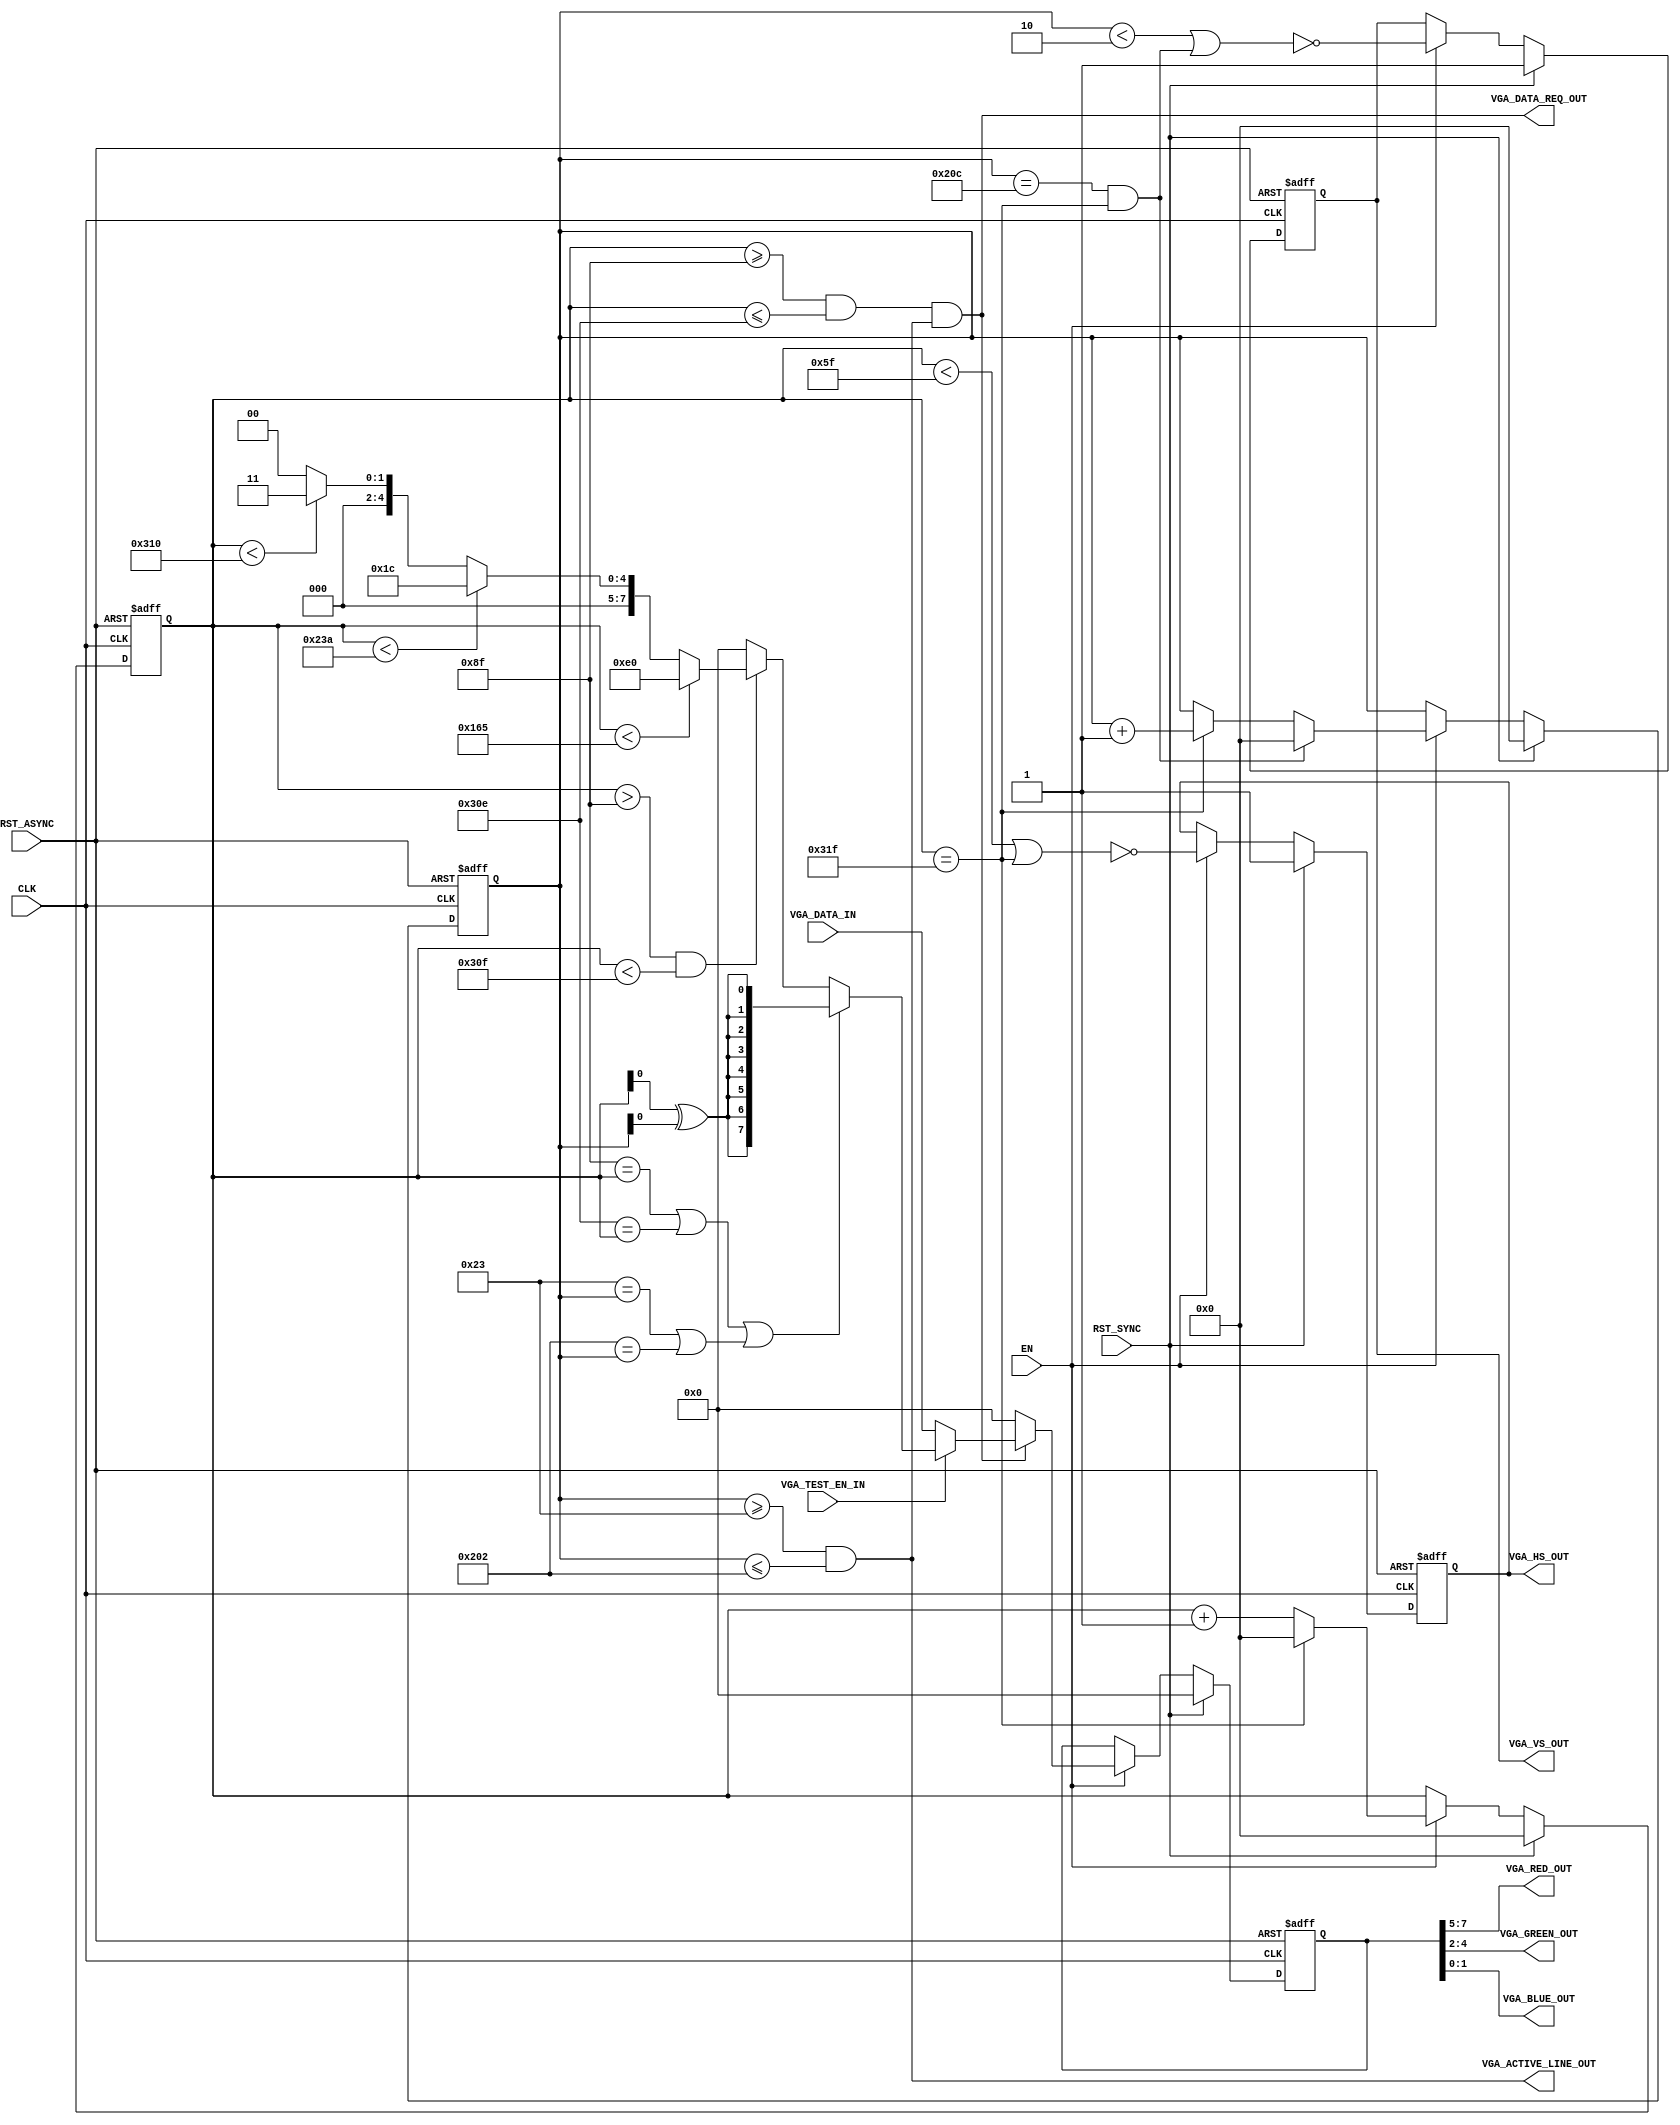
// VGA timings are fixed, and defined in the parameters below.
// The FB size can change from 320x200 to 640x480, the CFG_FB_*_IN specify this.
// This block reads from the FIFO in vga_cdc, sending out to panel.
module VGA_DRIVER
  // Horizontal timings (in Pixel Clocks)
  #(
   parameter H_SYNC    =  96 , // HSYNC duration
   parameter H_BP      =  48 , // Back porch 
   parameter H_ACTIVE  = 640 , // Visible pixels in a line
   parameter H_FP      =  16 , // Front Porch 
  
   // Vertical timings (in Lines)
   parameter V_SYNC    =   2 , // VSYNC duration
   parameter V_BP      =  33 , // Back porch 
   parameter V_ACTIVE  = 480 , // Visible lines in a frame
   parameter V_FP      =  10 , // Front Porch

   // RGB Data Packing
   parameter R_HI = 7, 
   parameter R_LO = 5,
   parameter G_HI = 4,
   parameter G_LO = 2,
   parameter B_HI = 1,
   parameter B_LO = 0

   )
  (
  // Clocks and resets
   input         CLK           , // VGA Pixel clock
   input         EN            , // VGA Pixel clock
   input         RST_SYNC      , // Reset de-asserted with PCLK
   input         RST_ASYNC     , // Reset de-asserted with PCLK

   input         VGA_TEST_EN_IN, // VGA Test pattern enable
   
   // CDC FIFO interface
   input   [7:0] VGA_DATA_IN           , // Incoming VGA Data
   output        VGA_DATA_REQ_OUT      , // Data request from FIFO
   output        VGA_ACTIVE_LINE_OUT   , // Signal to the DMA to begin reading as it's an active line
   
   // VGA Panel interface
   output        VGA_VS_OUT     , // VSYNC
   output        VGA_HS_OUT     , // HSYNC

   output  [R_HI-R_LO:0] VGA_RED_OUT    , 
   output  [G_HI-G_LO:0] VGA_GREEN_OUT  , 
   output  [B_HI-B_LO:0] VGA_BLUE_OUT  
   
   );

// Includes

   // Derived parameters
   parameter 	 H_LEN = H_SYNC + H_BP + H_ACTIVE + H_FP; // 800
   parameter 	 V_LEN = V_SYNC + V_BP + V_ACTIVE + V_FP; // 525

   // As the RGB is registered before being sent out to the panel, you need to get the first pixel and the enable
   // ready the pixel before the first one in the active area..
//   parameter 	 H_ACTIVE_START  = H_SYNC + H_BP - 1; 
//   parameter 	 H_ACTIVE_END    = H_SYNC + H_BP + H_ACTIVE - 1;
//   parameter 	 V_ACTIVE_START  = V_SYNC + V_BP;
//   parameter 	 V_ACTIVE_END    = V_SYNC + V_BP + V_ACTIVE - 1;
   
   // 10 bit counters for line and pixels (0 to 1023)
   reg [9:0] 	 VgaPcntVal;
   reg [9:0] 	 VgaLcntVal;

//   wire [9:0] 	 VgaPcntActiveVal = VgaPcntVal - H_ACTIVE_START; // 
//   wire [9:0] 	 VgaLcntActiveVal = VgaLcntVal - V_ACTIVE_START; // 

   // Combinatorial end-of-line signals (reset counters)
   wire 	 VgaEndOfLine   = (VgaPcntVal == H_LEN - 1);
   wire 	 VgaEndOfFrame  = (VgaLcntVal == V_LEN - 1) & VgaEndOfLine;

   // VSYNC and HSYNC are active low. They are both registered, so need to set them low on
   // the cycle before the start of the next frame / line
   wire 	 VgaHsync = ~((VgaPcntVal < H_SYNC - 1) | VgaEndOfLine); 
   wire 	 VgaVsync = ~((VgaLcntVal < V_SYNC) | VgaEndOfFrame);

   // This signal is used to enable the RGB signals out to the panel. It needs to go high a cycle before the active
   // horizontal area of the panel, and go low a cycle before the end also.
   wire VgaActive = ( ((VgaPcntVal >= H_SYNC + H_BP - 1) && (VgaPcntVal <= H_SYNC + H_BP + H_ACTIVE - 2))
		   && ((VgaLcntVal >= V_SYNC + V_BP    ) && (VgaLcntVal <= V_SYNC + V_BP + V_ACTIVE - 1))
		    );

//   reg 	VgaActiveReg;

   reg 		 VgaHsyncReg;
   reg 		 VgaVsyncReg;
   
   reg [7:0] 	 VgaDataReg;
   
   wire 	 VgaDataReq = (VgaActive); //  | VgaActiveReg);

   reg 		 VgaTestEnReg; // Registered version of VGA_TEST_EN_IN using VgaEndOfFrame
   reg [7:0] 	 VgaTestData;  // LUT from pixel and line count for the test pattern
   wire [7:0] 	 VgaData;      // MUXed VGA data between the VGA_DATA_IN and Test Pattern
   
   
   // Internal assigns
   assign VgaData           = VGA_TEST_EN_IN /* VgaTestEnReg */ ? VgaTestData : VGA_DATA_IN;

   // External assigns
   assign  VGA_DATA_REQ_OUT = VgaDataReq; 
   // Need to send a signal back to the DMA to indicate it's the start of an active line. You only want to start reading from
   // the framebuffer at the start of active lines, as the FIFO is sized for a line buffer.
   assign  VGA_ACTIVE_LINE_OUT =  ((VgaLcntVal >= V_SYNC + V_BP    ) && (VgaLcntVal <= V_SYNC + V_BP + V_ACTIVE - 1));
   
   assign  VGA_VS_OUT 	    = VgaVsyncReg;
   assign  VGA_HS_OUT 	    = VgaHsyncReg;
   
   assign  VGA_RED_OUT      = VgaDataReg[R_HI:R_LO];
   assign  VGA_GREEN_OUT    = VgaDataReg[G_HI:G_LO]; 
   assign  VGA_BLUE_OUT     = VgaDataReg[B_HI:B_LO];

   // Pixel Counter
   always @(posedge CLK     or posedge RST_ASYNC)
   begin : PCNT
      if (RST_ASYNC)
      begin
	 VgaPcntVal <= 10'd0;
      end
      else if (RST_SYNC)
      begin
	 VgaPcntVal <= 10'd0;
      end
      else if (EN)
      begin
	 if (VgaEndOfLine)
	 begin
	    VgaPcntVal <= 10'd0;
	 end
	 else
	 begin
	    VgaPcntVal <= VgaPcntVal + 10'd1;
	 end
      end
   end
   
   // Line Counter
   always @(posedge CLK     or posedge RST_ASYNC)
   begin : LCNT
      if (RST_ASYNC)
      begin
	 VgaLcntVal <= 10'd0;
      end
      else if (RST_SYNC)
      begin
	 VgaLcntVal <= 10'd0;
      end
      else if (EN)
      begin
	 if (VgaEndOfFrame)
	 begin
	    VgaLcntVal <= 10'd0;
	 end
	 else if (VgaEndOfLine)
	 begin
	    VgaLcntVal <= VgaLcntVal + 10'd1;
	 end
      end
   end

   // VGA Test Pattern LUT
   always @*
   begin : VGA_TEST_DATA_LUT
      VgaTestData = 8'h00;

      // First priority - dotted black and white lines around edges. The data has to be muxed in the
      // pixel before the first pixel of the active area, as the RGB data is registered.
      if (  ((H_SYNC + H_BP - 1 == VgaPcntVal) || (H_SYNC + H_BP + H_ACTIVE - 2 == VgaPcntVal))
      // Horizontal black stripes at start and end of vertical active ares
	 || ((V_SYNC + V_BP     == VgaLcntVal) || (V_SYNC + V_BP + V_ACTIVE - 1 == VgaLcntVal))
	 )
      begin
	 VgaTestData = {8{VgaPcntVal[0] ^ VgaLcntVal[0]}};
      end
      else if ((VgaPcntVal > H_SYNC + H_BP - 1) && (VgaPcntVal < H_SYNC + H_BP + H_ACTIVE - 1 ))
      begin

	 if (VgaPcntVal < H_SYNC + H_BP + 9'd213)
	 begin
	    VgaTestData = 8'b1110_0000; // Red
	 end
	 else if (VgaPcntVal < H_SYNC + H_BP + 9'd426)
	 begin
	    VgaTestData = 8'b0001_1100; // Green 
	 end
	 else if (VgaPcntVal < H_SYNC + H_BP + H_ACTIVE)
	 begin
	    VgaTestData = 8'b0000_0011; // Blue
	 end
      end
   end
   
//   // VGA ACTIVE register
//   always @(posedge CLK     or posedge RST_ASYNC)
//   begin : VGA_ACTIVE_REG
//      if (RST_ASYNC)
//      begin
//	 VgaActiveReg <= 1'b0;
//      end
//      else if (RST_SYNC)
//      begin
//	 VgaActiveReg <= 1'b0;
//      end
//      else if (EN)
//      begin
//	 VgaActiveReg <= VgaActive;
//      end
//   end
//
   

   // VGA Test mode register. Don't update the register until the end of the frame
   // to avoid tearing artifact when enabled hte test mode
     always @(posedge CLK     or posedge RST_ASYNC)
   begin : VGA_TEST_MODE_REG
      if (RST_ASYNC)
      begin
	 VgaTestEnReg <= 1'b0;
      end
      else if (RST_SYNC)
      begin
	 VgaTestEnReg <= 1'b0;
      end
      else if (EN)
      begin
	 if (VgaEndOfFrame)
	 begin
	    VgaTestEnReg <= VGA_TEST_EN_IN;
	 end
	 
      end
   end
	
   // Output register
   always @(posedge CLK     or posedge RST_ASYNC)
   begin : OUTPUT_REG
      if (RST_ASYNC)
      begin
	 VgaVsyncReg <= 1'b1;  // active low !      
	 VgaHsyncReg <= 1'b1;         
	 VgaDataReg  <= 8'h00;
      end
      else if (RST_SYNC)
      begin
	 VgaVsyncReg <= 1'b1;  // active low !      
	 VgaHsyncReg <= 1'b1;         
	 VgaDataReg  <= 8'h00;
      end
      else if (EN)
      begin

	 VgaVsyncReg <= VgaVsync;     
	 VgaHsyncReg <= VgaHsync;      

	 if (VgaActive)
	 begin
	    VgaDataReg  <= VgaData; // VGA_DATA_IN; <- now muxed between test pattern and VGA_DATA_IN
	 end
	 else
	 begin
//     	    VgaVsyncReg <= 1'b1;  // active low !
//	    VgaHsyncReg <= 1'b1;         
	    VgaDataReg  <= 8'h00;
	 end
      end
   end

   
endmodule // VGA_DRIVER